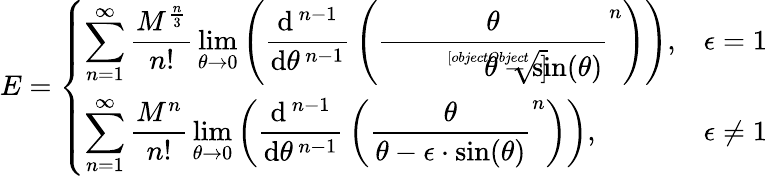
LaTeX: E={\left\{ \begin{array}{ll}{\displaystyle\sum_{n=1}^{\infty}{\frac{M^{\frac{n}{3}}}{n!}}\operatorname*{lim}_{\theta\to 0}\left({\frac{\mathrm{d}^{\, n-1}}{\mathrm{d}\theta^{\, n-1}}}\left({\frac{\theta}{\sqrt[[objectObject]]{\theta-\sin(\theta)}}}^{n}\right)\right),}&{\epsilon=1}\\ {\displaystyle\sum_{n=1}^{\infty}{\frac{M^{n}}{n!}}\operatorname*{lim}_{\theta\to 0}\left({\frac{\mathrm{d}^{\, n-1}}{\mathrm{d}\theta^{\, n-1}}}\left({\frac{\theta}{\theta-\epsilon\cdot\sin(\theta)}}^{n}\right)\right),}&{\epsilon\neq 1}\end{array}\right.}